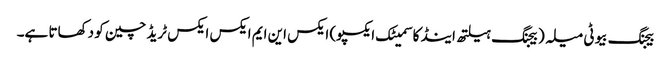
بیجنگ بیوٹی میلہ (بیجنگ ہیلتھ اینڈ کاسمیٹک ایکسپو) ایکس این ایم ایکس ایکس ٹریڈ چین کو دکھاتا ہے۔